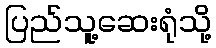
ပြည်သူ့ဆေးရုံသို့